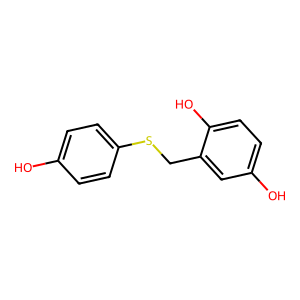
SMILES: Oc1ccc(SCc2cc(O)ccc2O)cc1
Inhibits HIV replication: No